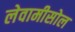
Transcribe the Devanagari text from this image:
लेवामीसोल